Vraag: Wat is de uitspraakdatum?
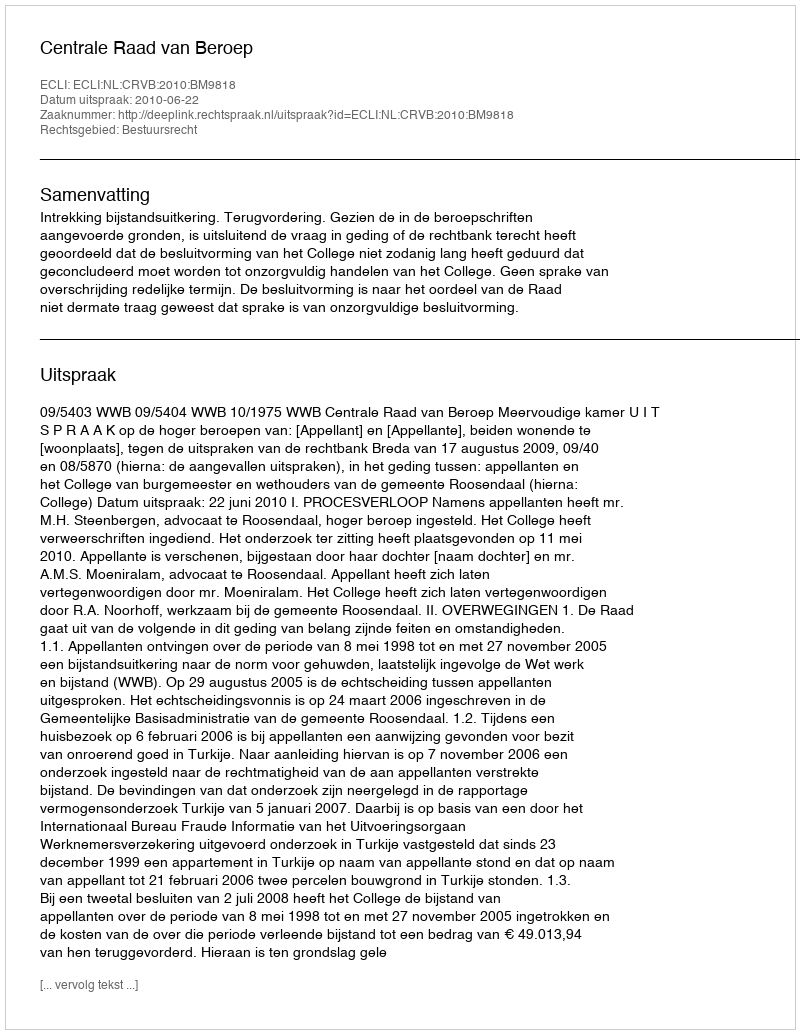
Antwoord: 2010-06-22